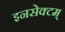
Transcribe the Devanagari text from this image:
इनसेक्टम्‌